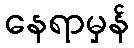
နေရာမှန်